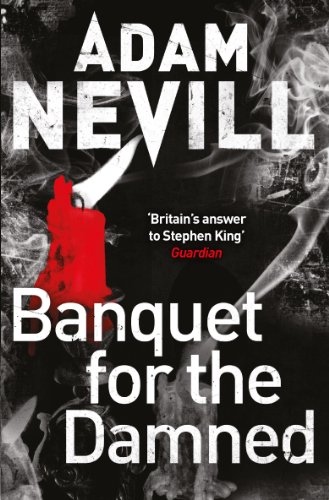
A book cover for Banquet for the Damned; Adam Nevill; Literature & Fiction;